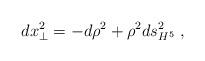
LaTeX: \begin{align*}dx_\perp^2 = -d\rho^2 + \rho^2 ds_{H^5}^2 \; ,\end{align*}